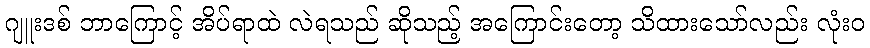
ဂျူးဒစ် ဘာကြောင့် အိပ်ရာထဲ လဲရသည် ဆိုသည့် အကြောင်းတော့ သိထားသော်လည်း လုံးဝ